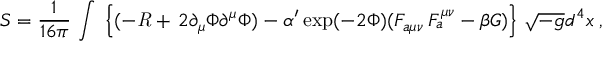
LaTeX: S = \frac { 1 } { 1 6 \pi } \, \int \; \left\{ ( - { \it R } + \, 2 \partial _ { \mu } \Phi \partial ^ { \mu } \Phi ) - \alpha ^ { \prime } \exp ( - 2 \Phi ) ( F _ { a \mu \nu } \, F _ { a } ^ { \mu \nu } - \beta { G } ) \right\} \, \sqrt { - g } d ^ { 4 } x \; ,